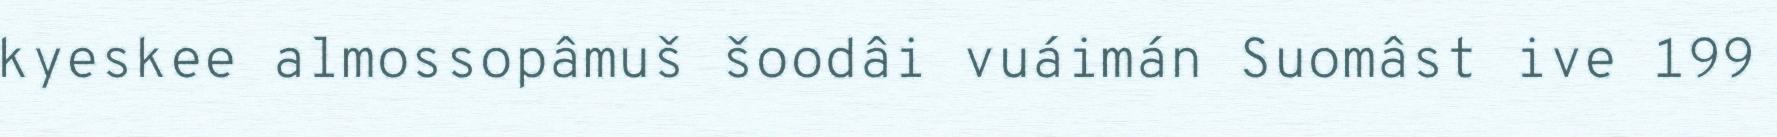
kyeskee almossopâmuš šoodâi vuáimán Suomâst ive 199